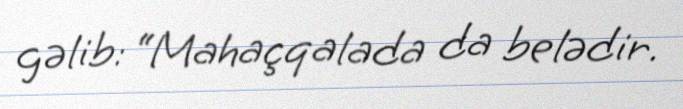
gəlib: “Mahaçqalada da belədir.